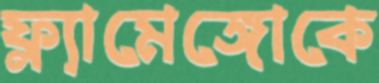
ফ্ল্যামেঙ্গোকে